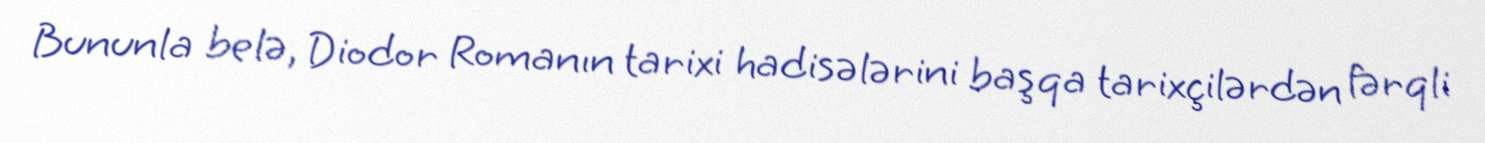
Bununla belə, Diodor Romanın tarixi hadisələrini başqa tarixçilərdən fərqli